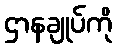
ဌာနချုပ်ကို